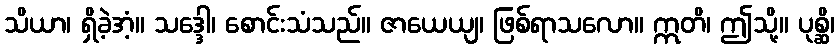
သိယာ၊ ရှိခဲ့အံ့။ သဒ္ဒေါ၊ စောင်းသံသည်။ ဇာယေယျ၊ ဖြစ်ရာသလော။ ဣတိ၊ ဤသို့။ ပုစ္ဆိ၊